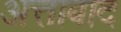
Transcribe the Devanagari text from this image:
अत्ताबाद